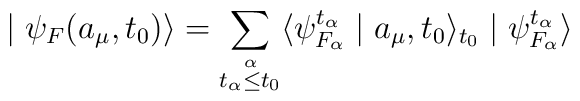
\mid\psi _F( a_{\mu},t_0)\rangle=\sum_{\stackrel{\alpha}{t_\alpha\leq t_0}}\langle\psi ^{t_\alpha}_{F_\alpha}\mid a_{\mu},t_0\rangle _{t_0}\mid\psi ^{t_\alpha}_{F_\alpha}\rangle